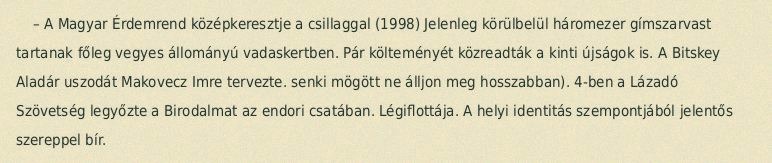
– A Magyar Érdemrend középkeresztje a csillaggal (1998) Jelenleg körülbelül háromezer gímszarvast tartanak főleg vegyes állományú vadaskertben. Pár költeményét közreadták a kinti újságok is. A Bitskey Aladár uszodát Makovecz Imre tervezte. senki mögött ne álljon meg hosszabban). 4-ben a Lázadó Szövetség legyőzte a Birodalmat az endori csatában. Légiflottája. A helyi identitás szempontjából jelentős szereppel bír.